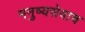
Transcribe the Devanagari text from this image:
मनुष्यसेवाच